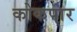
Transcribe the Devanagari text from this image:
कोकपार